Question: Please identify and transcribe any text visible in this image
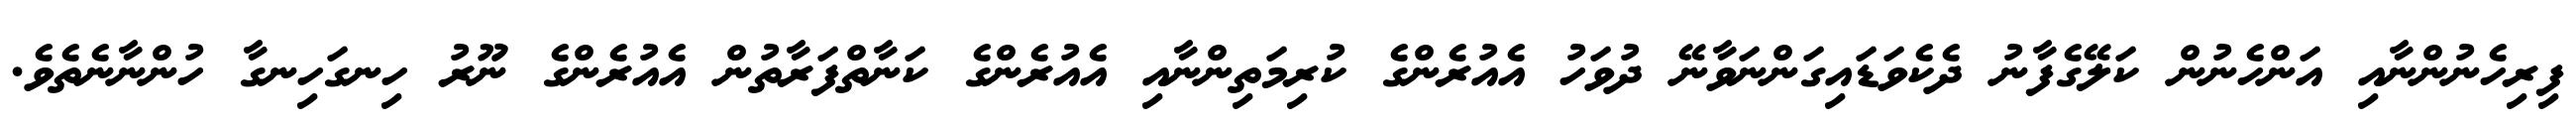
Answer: ފިރިހެނުންނާއި އަންހެނުން ކަލޭގެފާނު ދެކެވަޑައިގަންނަވާނޭ ދުވަހު އެއުރެންގެ ކުރިމަތިންނާއި އެއުރެންގެ ކަނާތްފަރާތުން އެއުރެންގެ ނޫރު ހިނގަހިނގާ ހުންނާނެތެވެ.